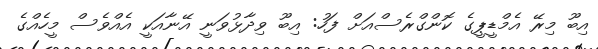
އިބޫ މިރޭ އެމްޑީޕީގެ ކޮންގްރެސްއަށް ފަހު: އިބޫ ވިދާޅުވަނީ އޭނާއަކީ އެއްވެސް މީހެއްގެ